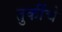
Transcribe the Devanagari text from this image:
तुर्कींचे